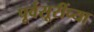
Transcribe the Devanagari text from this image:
पूर्वसूरींच्या